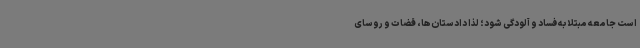
است جامعه مبتلا به فساد و آلودگی شود؛ لذا دادستان‌ها، قضات و روسای